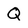
Character: Q